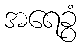
အရေခွံ